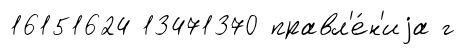
16151624 13471370 правл'е́н'иjа г